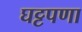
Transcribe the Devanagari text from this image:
घट्टपणा